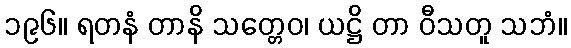
၁၉၆။ ရတနံ တာနိ သတ္တေဝ၊ ယဋ္ဌိ တာ ဝီသတူ သဘံ။